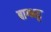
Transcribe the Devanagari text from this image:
बाग्भट्ट